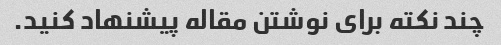
چند نکته برای نوشتن مقاله پیشنهاد کنید.